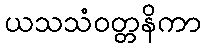
ယသသံဝတ္တနိကာ